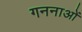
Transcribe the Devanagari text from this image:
गननाओं